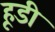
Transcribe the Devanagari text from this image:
हूडी